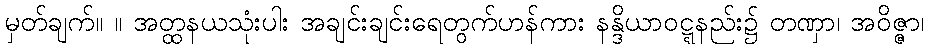
မှတ်ချက်။ ။ အတ္ထနယသုံးပါး အချင်းချင်းရေတွက်ဟန်ကား နန္ဒိယာဝဋ္ဋနည်း၌ တဏှာ၊ အဝိဇ္ဇာ၊